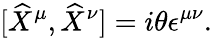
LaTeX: \lbrack\widehat{X}^{\mu},\widehat{X}^{\nu}]=i\theta\epsilon^{\mu\nu}.